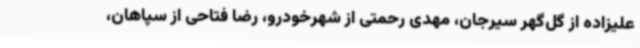
علیزاده از گل‌گهر سیرجان، مهدی رحمتی از شهرخودرو، رضا فتاحی از سپاهان،